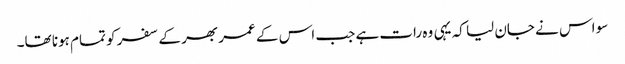
سو اس نے جان لیا کہ یہی وہ رات ہے جب اس کے عمر بھر کے سفر کو تمام ہونا تھا۔